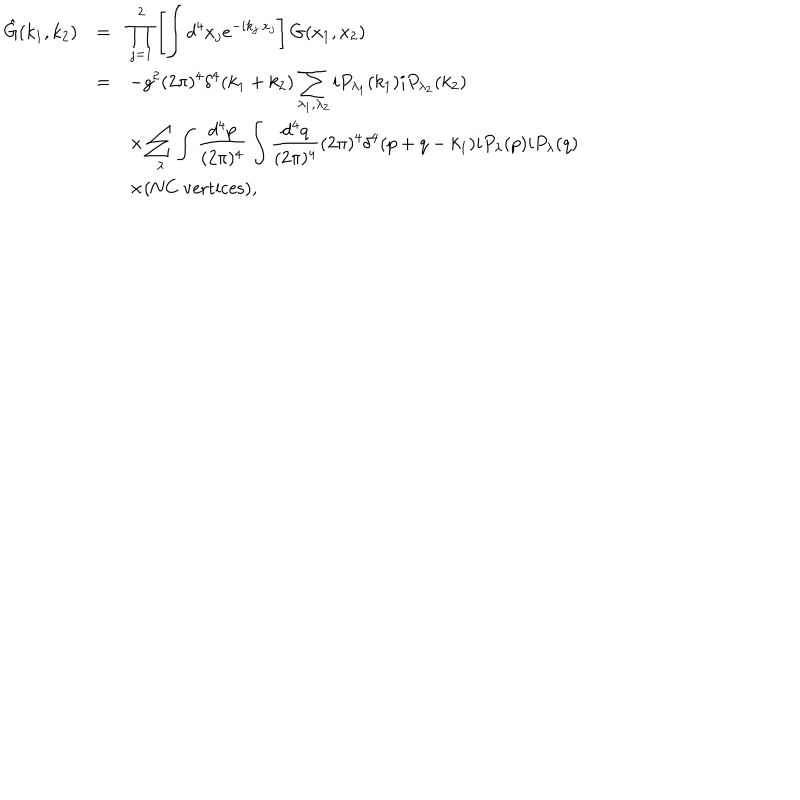
LaTeX: \begin{array} { r c l } { { \hat { G } ( k _ { 1 } , k _ { 2 } ) } } & { { = } } & { { \displaystyle \prod _ { j = 1 } ^ { 2 } \left[ \int d ^ { 4 } x _ { j } e ^ { - i k _ { j } \cdot x _ { j } } \right] G ( x _ { 1 } , x _ { 2 } ) } } \\ { { } } & { { = } } & { { \displaystyle - g ^ { 2 } ( 2 \pi ) ^ { 4 } \delta ^ { 4 } ( k _ { 1 } + k _ { 2 } ) \sum _ { \lambda _ { 1 } , \lambda _ { 2 } } i P _ { \lambda _ { 1 } } ( k _ { 1 } ) i P _ { \lambda _ { 2 } } ( k _ { 2 } ) } } \\ { { } } & { { } } & { { \displaystyle \times \sum _ { \lambda } \int \frac { d ^ { 4 } p } { ( 2 \pi ) ^ { 4 } } \int \frac { d ^ { 4 } q } { ( 2 \pi ) ^ { 4 } } ( 2 \pi ) ^ { 4 } \delta ^ { 4 } ( p + q - k _ { 1 } ) i P _ { \lambda } ( p ) i P _ { \lambda } ( q ) } } \\ { { } } & { { } } & { { \times ( \mathrm { N C ~ v e r t i c e s } ) , } } \\ \end{array}